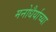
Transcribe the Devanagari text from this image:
मनोधैर्याच्या